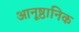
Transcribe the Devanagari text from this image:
आनूष्ठानिक